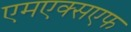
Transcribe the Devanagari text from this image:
एमएक्सएफ